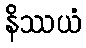
နိဿယံ